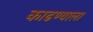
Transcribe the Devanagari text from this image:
काढण्याला